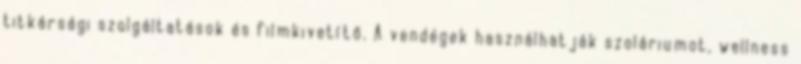
titkársági szolgáltatások és filmkivetítő. A vendégek használhatják szoláriumot, wellness